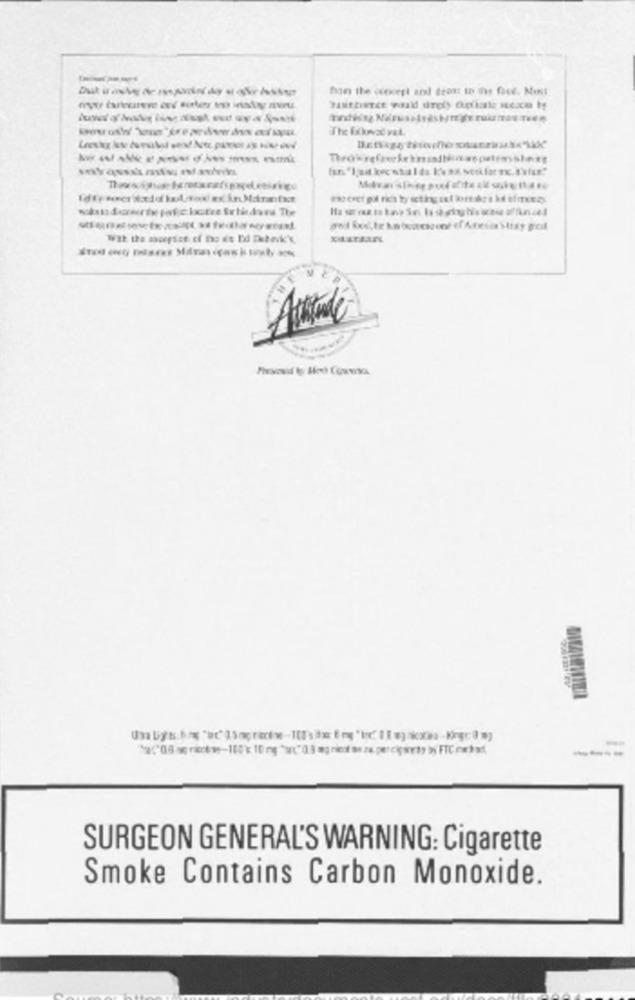
The Fallowvad vat.
-
SURGEON GENERAL'S WARNING: Cigarette
Smoke Contains Carbon Monoxide.